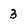
Character: 3